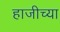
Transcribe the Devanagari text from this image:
हाजीच्या